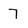
Character: 7